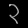
Digit: ၃